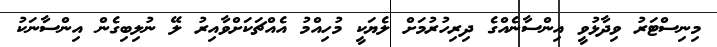
މިނިސްޓަރު ވިދާޅުވީ އިންސާނެއްގެ ދިރިހުރުމަށް ލެޔަކީ މުހިއްމު އެއްޗަކަށްވާއިރު ލޭ ނުލިބިގެން އިންސާނަކު